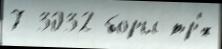
7 3032 боры тр'́х